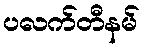
ပလက်တီနမ်